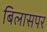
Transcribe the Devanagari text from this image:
बिलासपर